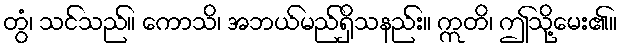
တွံ၊ သင်သည်။ ကောသိ၊ အဘယ်မည်ရှိသနည်း။ ဣတိ၊ ဤသို့မေး၏။